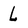
Character: L